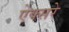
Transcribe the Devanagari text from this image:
ऐक्सरे